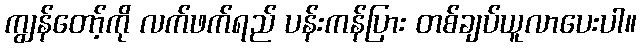
ကျွန်တော့်ကို လက်ဖက်ရည် ပန်းကန်ပြား တစ်ချပ်ယူလာပေးပါ။